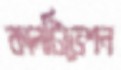
কালটিভেশন